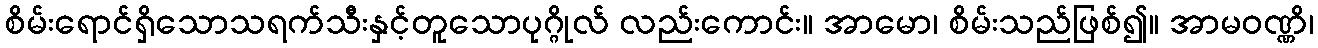
စိမ်းရောင်ရှိသောသရက်သီးနှင့်တူသောပုဂ္ဂိုလ် လည်းကောင်း။ အာမော၊ စိမ်းသည်ဖြစ်၍။ အာမဝဏ္ဏိ၊